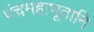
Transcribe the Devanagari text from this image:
पंचमहाभूतानि